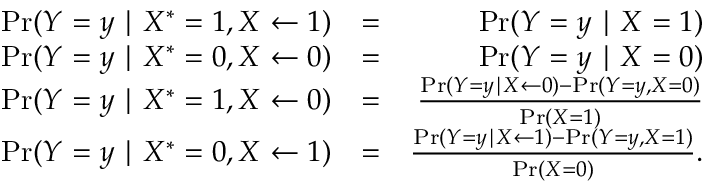
\begin{array} { r l r } { \operatorname* { P r } ( Y = y \mid X ^ { * } = 1 , X \leftarrow 1 ) } & { = } & { \operatorname* { P r } ( Y = y \mid X = 1 ) } \\ { \operatorname* { P r } ( Y = y \mid X ^ { * } = 0 , X \leftarrow 0 ) } & { = } & { \operatorname* { P r } ( Y = y \mid X = 0 ) } \\ { \operatorname* { P r } ( Y = y \mid X ^ { * } = 1 , X \leftarrow 0 ) } & { = } & { \frac { \operatorname* { P r } ( Y = y \mid X \leftarrow 0 ) - \operatorname* { P r } ( Y = y , X = 0 ) } { \operatorname* { P r } ( X = 1 ) } } \\ { \operatorname* { P r } ( Y = y \mid X ^ { * } = 0 , X \leftarrow 1 ) } & { = } & { \frac { \operatorname* { P r } ( Y = y \mid X \leftarrow 1 ) - \operatorname* { P r } ( Y = y , X = 1 ) } { \operatorname* { P r } ( X = 0 ) } . } \end{array}